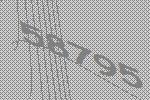
58795